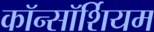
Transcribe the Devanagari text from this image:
कॉन्सॉर्शियम